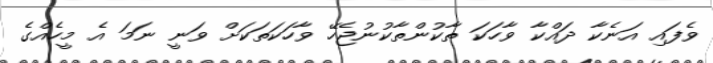
ވެފައި އަނެކާ ދައްކާ ވާހަކަ ތާކުންތާކުނުޖެހޭ ވާހަކަތަކަށް ވަނީ ނަމަ އެ މީހެއްގެ